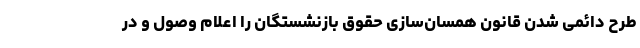
طرح دائمی شدن قانون همسان‌سازی حقوق بازنشستگان را اعلام وصول و در